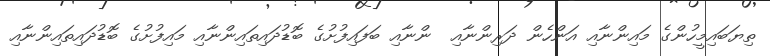
ތިޔަބައިމީހުންގެ މައިންނާއި އަންހެން ދަރިންނާއި  ންނާއި ބަފައިފުށުގެ ބޮޑުދައިތައިންނާއި މައިފުށުގެ ބޮޑުދައިތައިންނާއި